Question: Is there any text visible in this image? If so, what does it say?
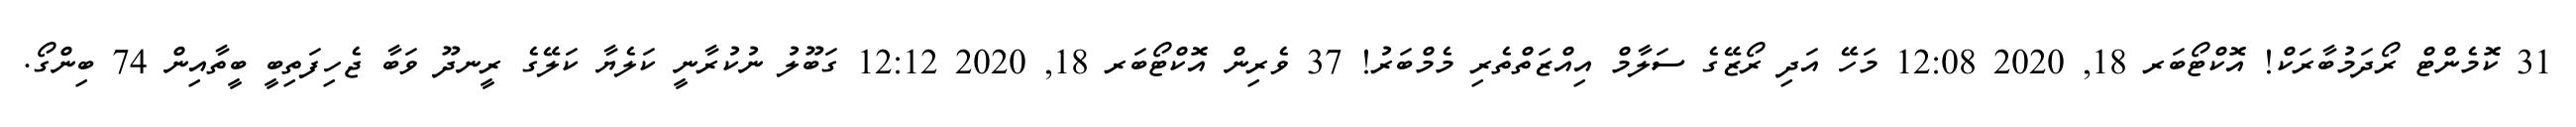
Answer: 31 ކޮމެންޓް ރޯދަމުބާރަކް! އޮކްޓޯބަރ 18, 2020 12:08 މަހޭ އަދި ރޯޒޭގެ ސަލާމް އިއްޒަތްތެރި މެމްބަރު! 37 ވެރިން އޮކްޓޯބަރ 18, 2020 12:12 ގަބޫލު ނުކުރާނީ ކަލެޔާ ކަލޭގެ ރީނދޫ ވަބާ ޖެހިފަތިބީ ބީތާއިން 74 ބިންގޯ.